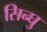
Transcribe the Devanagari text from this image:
सिन्घु